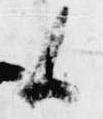
候